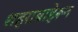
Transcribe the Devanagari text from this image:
शहराबाहेरून